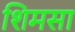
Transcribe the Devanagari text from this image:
शिमसा